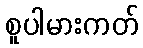
စူပါမားကတ်